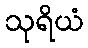
သုရိယံ